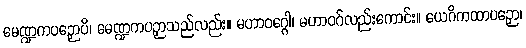
မေဏ္ဍကပဉှောပိ၊ မေဏ္ဍကပဉှာသည်လည်း။ မဟာဝဂ္ဂေါ၊ မဟာဝဂ်လည်းကောင်း။ ယေဂိကထာပဉှော၊